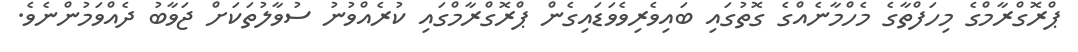
ޕްރޮގްރާމްގެ މިހަފްތާގެ މެހްމާނެއްގެ ގޮތުގައި ބައިވެރިވެވަޑައިގެން ޕްރޮގްރާމްގައި ކުރެއްވުނު ސުވާލުތަކަށް ޖަވާބު ދެއްވަމުންނެވެ.